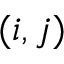
( i , j )